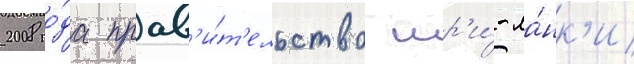
2008 го́да прав'и́т'ельство шр'и́-ла́нк'и